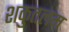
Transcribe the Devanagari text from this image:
शकुतलम